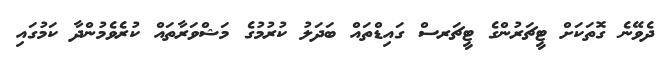
ދެވޭނެ ގޮތަކަށް ޓީޗަރުންގެ ޓީޗަރސް ގައިޑްތައް ބަދަލު ކުރުމުގެ މަޝްވަރާތައް ކުރެވެމުންދާ ކަމުގައި